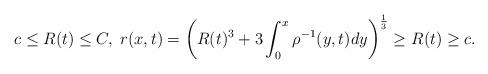
LaTeX: \begin{align*} c\leq R(t)\leq C,\; r(x,t)=\left(R(t)^3+3\int_0^x\rho^{-1}(y,t)dy\right)^{\frac{1}{3}}\geq R(t)\geq c.\end{align*}